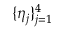
\{ \eta _ { j } \} _ { j = 1 } ^ { 4 }